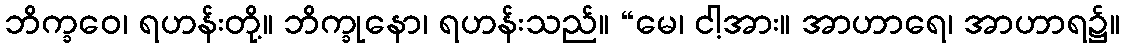
ဘိက္ခဝေ၊ ရဟန်းတို့။ ဘိက္ခုနော၊ ရဟန်းသည်။ “မေ၊ ငါ့အား။ အာဟာရေ၊ အာဟာရ၌။